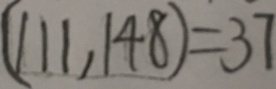
( 1 1 1 , 1 4 8 ) = 3 7